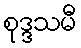
စုဒ္ဒသမီ